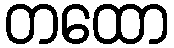
တထော